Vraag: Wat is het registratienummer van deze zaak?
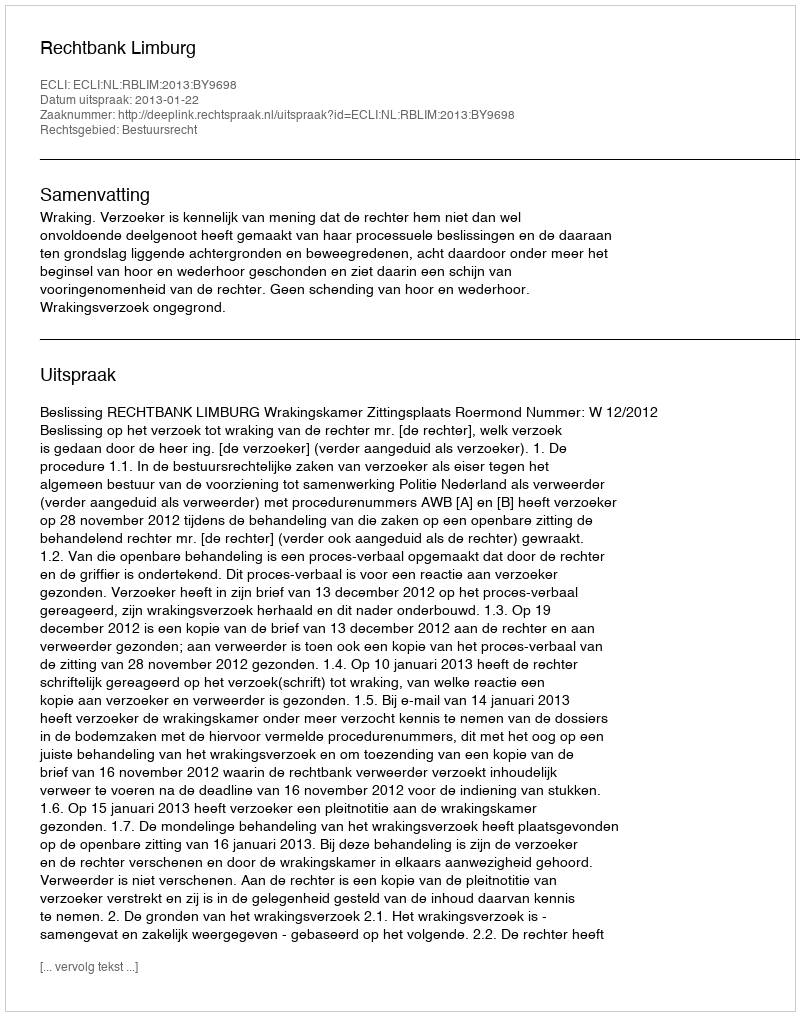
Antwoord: http://deeplink.rechtspraak.nl/uitspraak?id=ECLI:NL:RBLIM:2013:BY9698